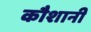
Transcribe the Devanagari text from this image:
कौशानी